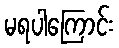
မရပါကြောင်း